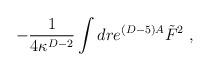
LaTeX: \begin{align*}-{1\over 4 \kappa^{D-2}}\int dr e^{(D-5)A}\tilde F^2\ ,\end{align*}